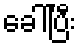
ခေါ်ပြီး